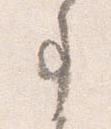
事